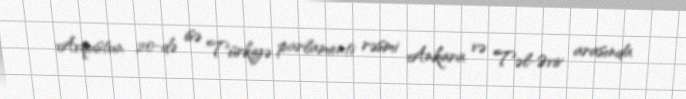
Avqustun 20-də isə Türkiyə parlamenti rəsmi Ankara və Təl-Əviv arasında